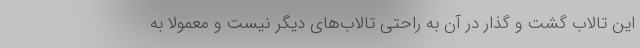
این تالاب گشت و گذار در آن به راحتی تالاب‌های دیگر نیست و معمولا به